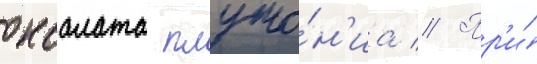
оксалата плуто́н'иа // Пр'и́